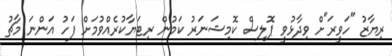
ރިޔާޒު "ހަވީރަ"ށް ވިދާޅުވީ ޕޮލިސް ކޮމިޝަނަރު ކަމުން ރިޓަޔާކުރެއްވުމަށް ފަހު އަންނަ މާޗު